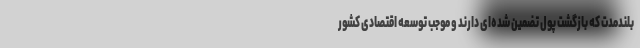
بلندمدت که بازگشت پول تضمین شده‌ای دارند و موجب توسعه اقتصادی کشور